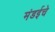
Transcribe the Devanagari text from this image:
मंडईचे